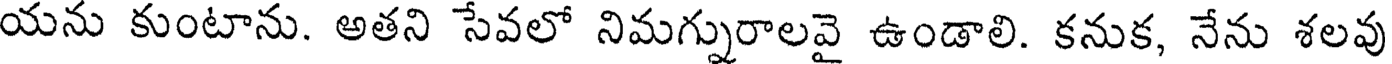
యను కుంటాను. అతని సేవలో నిమగ్నురాలవై ఉండాలి. కనుక, నేను శలవు